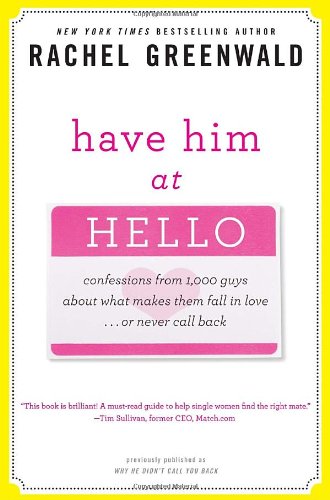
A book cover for Have Him at Hello: Confessions from 1,000 Guys About What Makes Them Fall in Love . . . Or Never Call Back; Rachel Greenwald; Self-Help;